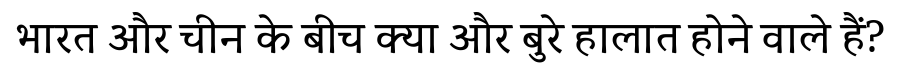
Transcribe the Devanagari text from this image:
भारत और चीन के बीच क्या और बुरे हालात होने वाले हैं?